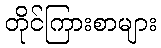
တိုင်ကြားစာများ